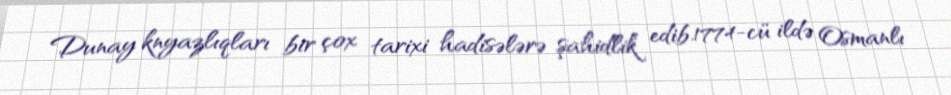
Dunay knyazlıqları bir çox tarixi hadisələrə şahidlik edib.1774-cü ildə Osmanlı